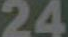
24